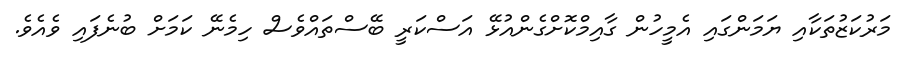
މަރުކަޒުތަކާއި ޔަމަންގައި އެމީހުން ގާއިމްކޮށްގެންއުޅޭ އަސްކަރީ ބޭސްތައްވެސް ހިމެނޭ ކަމަށް ބުނެފައި ވެއެވެ.